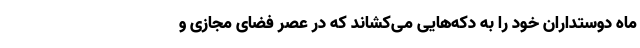
ماه دوستداران خود را به دکه‌هایی می‌کشاند که در عصر فضای مجازی و